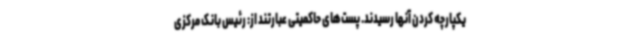
یکپارچه کردن آنها رسیدند. پست‌های حاکمیتی عبارتند از: رئیس بانک مرکزی